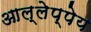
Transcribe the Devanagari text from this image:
आल्लेप्पेय